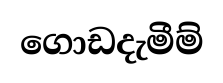
ගොඩදැමීම්